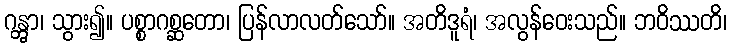
ဂန္တွာ၊ သွား၍။ ပစ္စာဂစ္ဆတော၊ ပြန်လာလတ်သော်။ အတိဒူရံ၊ အလွန်ဝေးသည်။ ဘဝိဿတိ၊